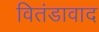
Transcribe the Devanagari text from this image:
वितंडावाद